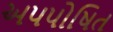
અપપોષિત